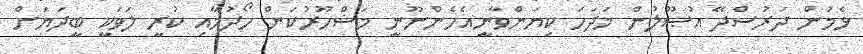
ޅެމުން ދަރުސްދޭ އުޞޫލުން މަދަހަ ކިޔަންވާނީއެހެންނޫނީ މަޝްހޫރުކަން ހޯދުމާއި ކުރީ ލަވަކީ ބީދަޔަށް